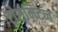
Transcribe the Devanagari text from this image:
ट्रांसमिटन